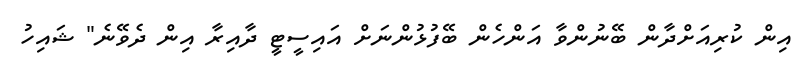
އިން ކުރިއަށްދާން ބޭނުންވާ އަންހެން ބޭފުޅުންނަށް އައިސީޓީ ދާއިރާ އިން ދެވޭނެ" ޝައިހު